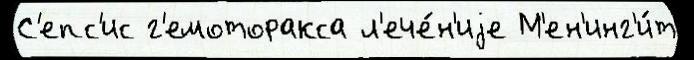
С'епс'ис г'емоторакса л'ече́н'иjе М'ен'инг'и́т